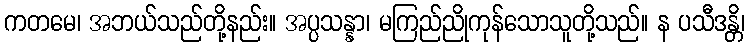
ကတမေ၊ အဘယ်သည်တို့နည်း။ အပ္ပသန္နာ၊ မကြည်ညိုကုန်သောသူတို့သည်။ န ပသီဒန္တိ၊